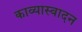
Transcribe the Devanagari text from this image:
काव्यास्वादन